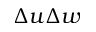
\Delta u \Delta w